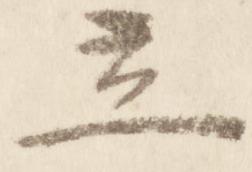
立